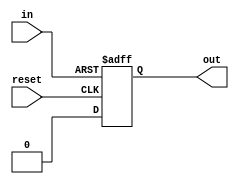
module nand_latch(
in,
reset,
out
);

input in;
input reset;

output out;

wire in;
wire reset;

reg out;

initial begin
	out = 1'b0;
end

always @ (posedge in or posedge reset)
begin: INPUT
	if (in == 1'b1) begin
		out = 1'b1;
	end
	else if (reset == 1'b1) begin
		out = 1'b0;
	end
end

endmodule